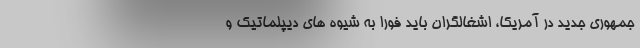
جمهوری جدید در آمریکا، اشغالگران باید فورا به شیوه های دیپلماتیک و